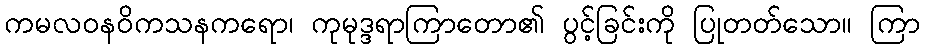
ကမလဝနဝိကသနကရော၊ ကုမုဒ္ဒရာကြာတော၏ ပွင့်ခြင်းကို ပြုတတ်သော။ ကြာ